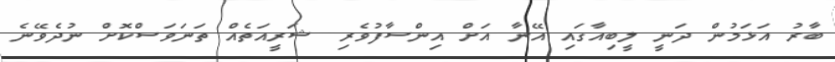
ބާރު އަޅަމުން ދަނީ ލީބިއާގައި އޭނާ އަށް އިންސާފުވެރި ޝަރީއަތެއް ތަނަވަސްކޮށް ނުދެވޭނެ